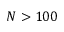
N > 1 0 0